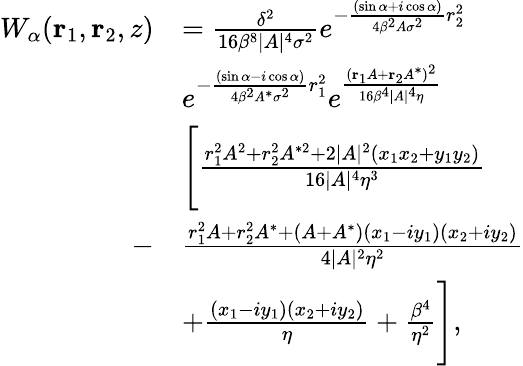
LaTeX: \begin{array}{rl}{W_{\alpha}(\textbf{r}_{1},\textbf{r}_{2},z)}&{=\frac{\delta^{2}}{16\beta^{8}\lvert A\rvert^{4}\sigma^{2}}e^{-\frac{(\sin{\alpha}+i\cos{\alpha})}{4\beta^{2}A\sigma^{2}}r_{2}^{2}}}\\ &{e^{-\frac{(\sin{\alpha}-i\cos{\alpha})}{4\beta^{2}A^{*}\sigma^{2}}r_{1}^{2}}e^{\frac{(\textbf{r}_{1}A+\textbf{r}_{2}A^{*})^{2}}{16\beta^{4}\lvert A\rvert^{4}\eta}}}\\ &{\Biggl[\frac{r_{1}^{2}A^{2}+r_{2}^{2}A^{*2}+2\lvert A\rvert^{2}(x_{1}x_{2}+y_{1}y_{2})}{16\lvert A\rvert^{4}\eta^{3}}}\\ {-}&{\frac{r_{1}^{2}A+r_{2}^{2}A^{*}+(A+A^{*})(x_{1}-iy_{1})(x_{2}+iy_{2})}{4\lvert A\rvert^{2}\eta^{2}}}\\ &{+\frac{(x_{1}-iy_{1})(x_{2}+iy_{2})}{\eta}+\frac{\beta^{4}}{\eta^{2}}\Biggr],}\end{array}